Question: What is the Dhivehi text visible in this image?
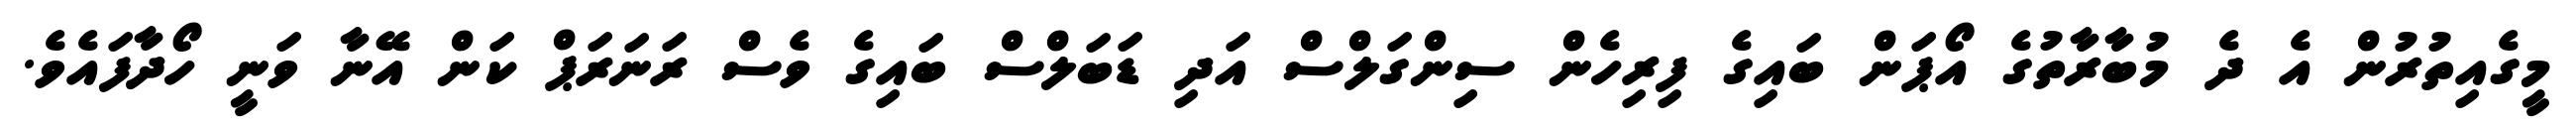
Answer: މީގެއިތުރުން އެ ދެ މުބާރާތުގެ އޯޕަން ބައިގެ ފިރިހެން ސިންގަލްސް އަދި ޑަބަލްސް ބައިގެ ވެސް ރަނަރަޕް ކަން އޭނާ ވަނީ ހޯދާފައެވެ.